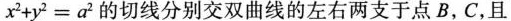
$$x ^ { 2 } + y ^ { 2 } = a ^ { 2 }$$的切线分别交双曲线的左右两支于点B，C，且